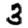
Digit: 3